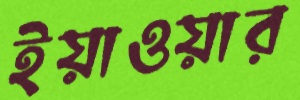
ইয়াওয়ার